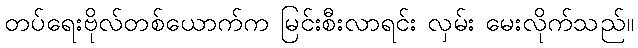
တပ်ရေးဗိုလ်တစ်ယောက်က မြင်းစီးလာရင်း လှမ်း မေးလိုက်သည်။